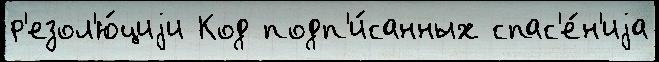
р'езол'ю́циjи Код подп'и́санных спас'е́н'иjа